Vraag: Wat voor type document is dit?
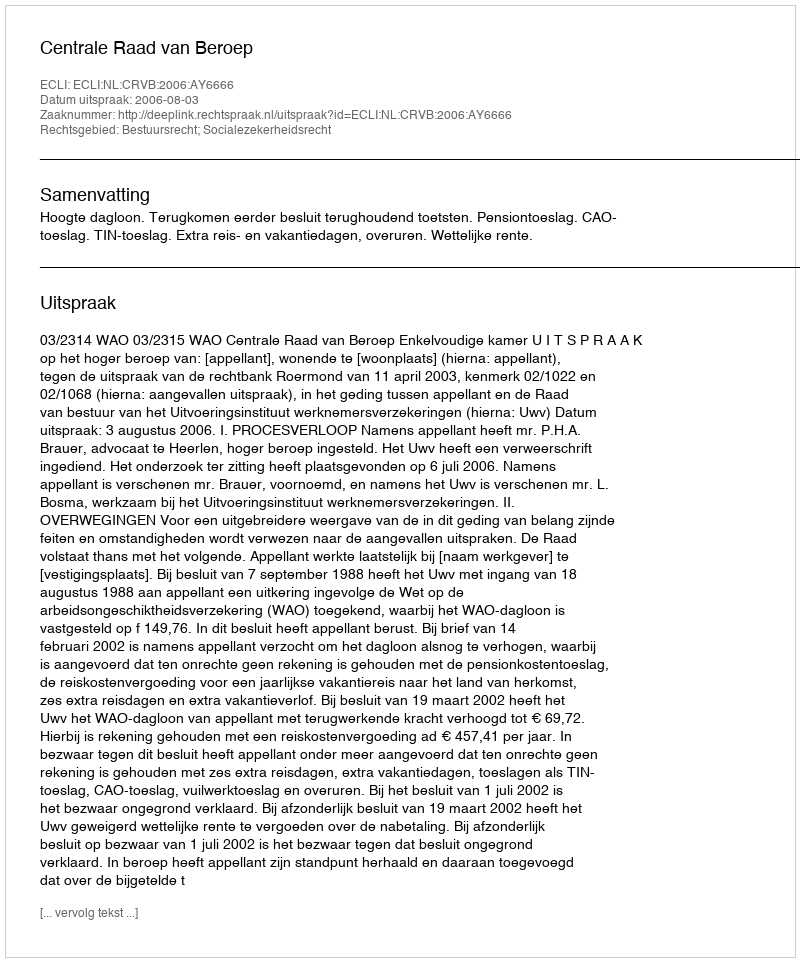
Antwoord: Uitspraak